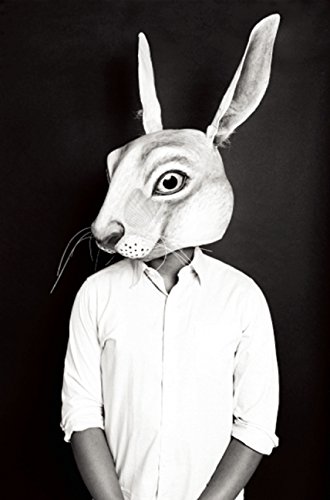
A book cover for Appropriate and Other Plays; Branden Jacobs-Jenkins; Literature & Fiction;